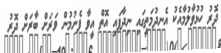
ދޮރު ހުޅުވާލުމާއެކު އެނދުމަތީގައި ނިދާފައި އޮތް އީވާ ފެނުމުން ވަރަށް ބާރަށް ދޮރު